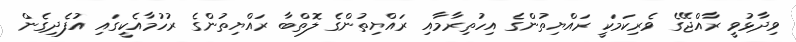
ވިދާޅުވީ ރާއްޖޭގެ ވެރިކަމަކީ ރައްޔިތުންގެ އިހުތިރާމާއި ރައްޔިތުންގެ ލޮތްބާ ރައްޔިތުންގެ ރުހުމާއެކީގައި އުފެދިގެން